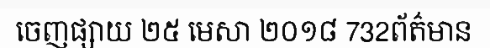
ចេញផ្សាយ ២៥ មេសា ២០១៨ 732ព័ត៌មាន